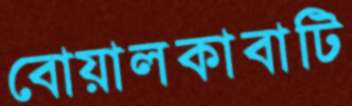
বোয়ালকাবাটি